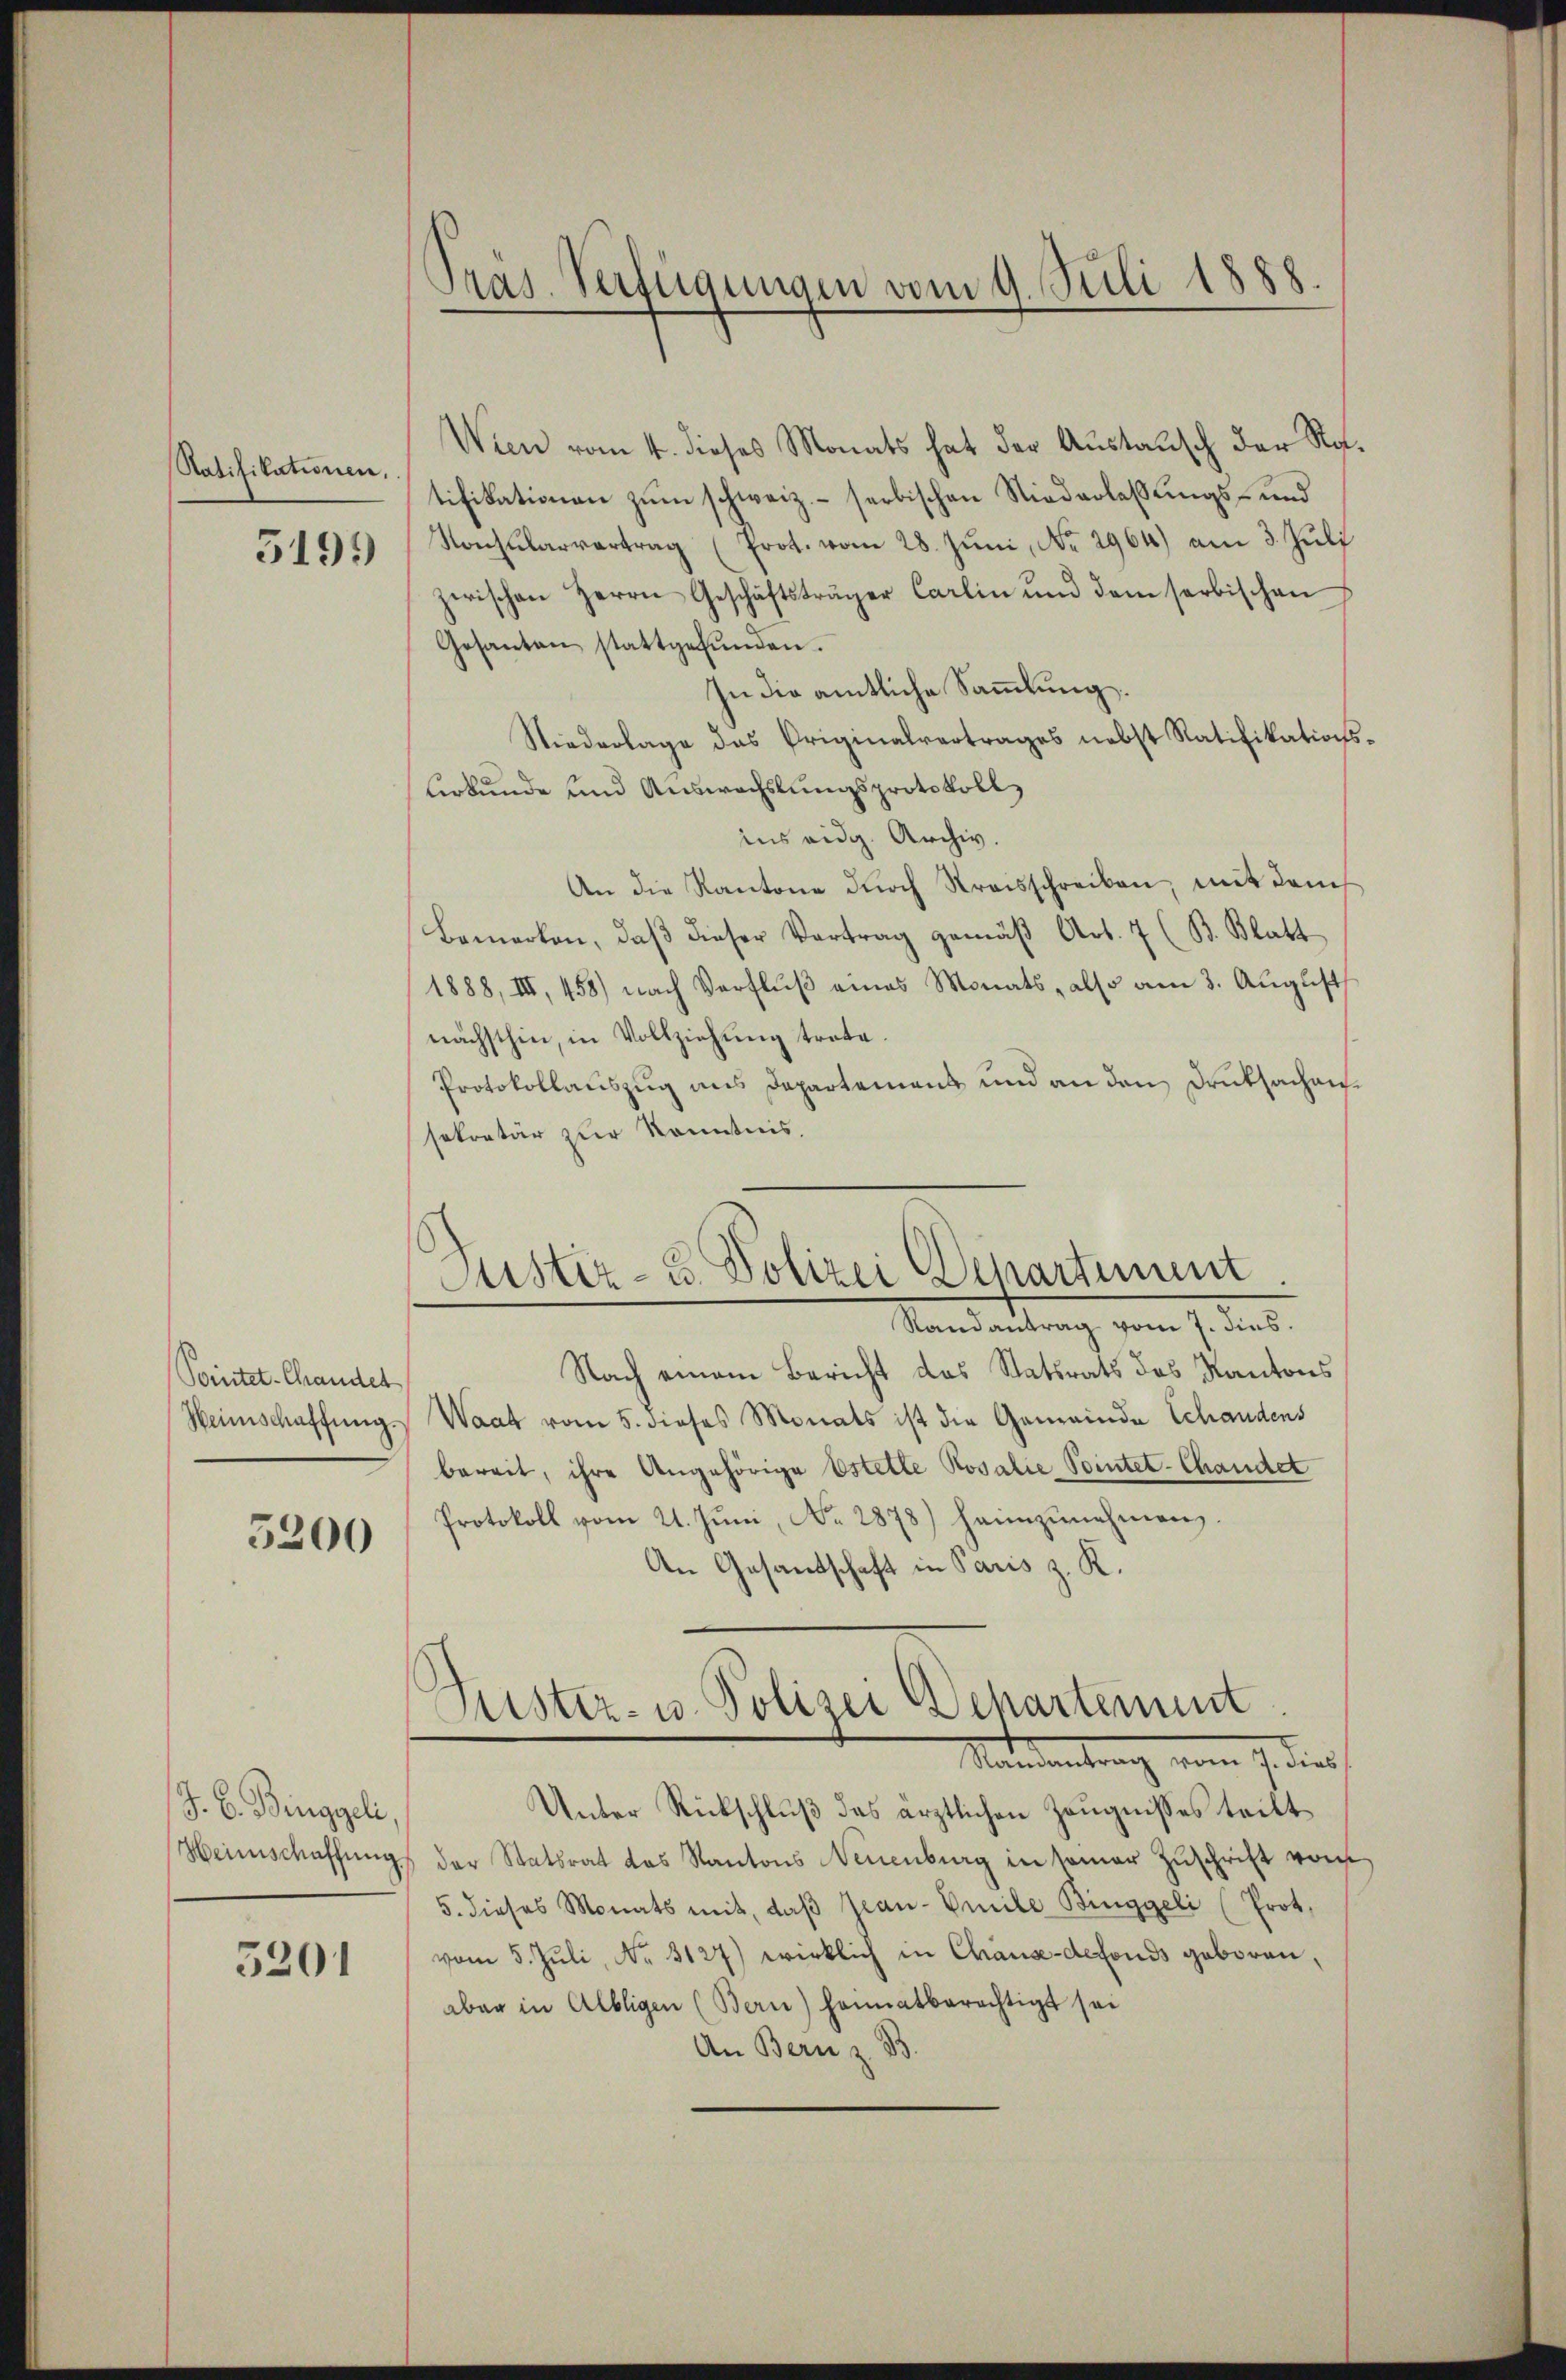
Ratifikationen.
5199

Pointet-Chandel

5200

J. B. Binggeli,

5201

Präs. Verfügungen vom 9. Juli 1888.

Wien vom 4. dieses Monats hat der Austausch der Ratifikationen zum schweiz.- serbischen Niederlaßungs- und
Konsularvertrag (Prot. vom 28. Juni, No. 2964) am 3. Juli
zwischen Herrn Geschäftsträger Carlin ŭnd dem serbischen
Gesanten stattgefŭnden.
In die amtliche Sammlung.
Niederlage das Priginalvertrages nebst Ratifikations¬
Uerkunde und Auswachslungsprotokoll
ins eidg. Archiv.
An die Kantone dŭrch Kreisschreiben, mit dem
Bemerken, daß dieser Vortrag gemäß Art. 7 (B. Blatt
1888, III, 458) nach Verfluß eines Monats, also am 3. August
nächsthin, in Vollziehung trete.
Protokollauszug aus Departamens und an den Druksachensekretär zur Kenntnis.
Randantrag vom 7. dies.
Nach einem Bericht das Statsrats des Kantons
Heimschaffung. Waat vom 5. dieses Monats ist die Gemeinde Schandens
bereit, ihre Angehörige Estelle Rosalie Pointet-Chandel
Protokoll vom 21. Jŭni, No. 2878) heimzunehmen.
An Gesandschaft in Paris z. K.
Frister- u. Polizei Departement
Mandentrag vom 7. dies
Unter Rückschlŭβ das ärztlichen Zeugnisses teilt
Heimschaffŭng der Statsrat das Kantons Neuenburg in seiner Zŭschrift vor
5. dieses Monats mit, daβ Jean-Cmile Binggeli (Prot.
vom 5. Jŭli, Nr. 3127) wirklich in Chause-defonds geboren,
aber in Albligen (Bern) heimatberechtigt sei
An Bern z. B.

Justiz- u. Polizei Departiment